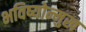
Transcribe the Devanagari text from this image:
भविष्योन्मुख